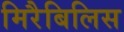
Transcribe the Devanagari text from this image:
मिरैबिलिस